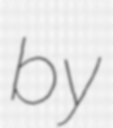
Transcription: by